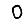
Digit: 0